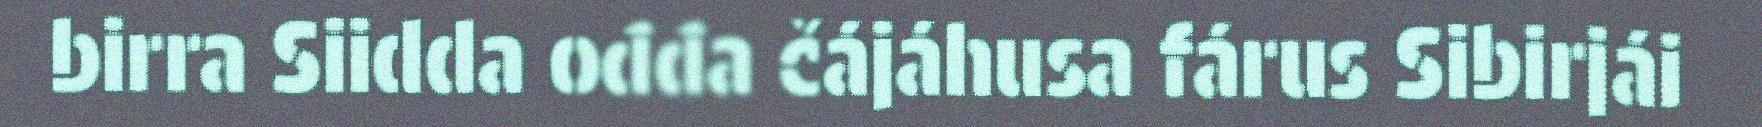
birra Siidda ođđa čájáhusa fárus Sibirjái